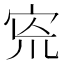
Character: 𡧬